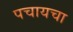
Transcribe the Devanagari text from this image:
पचायचा